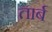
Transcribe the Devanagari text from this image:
तार्ब